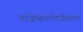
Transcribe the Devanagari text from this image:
राजेश्वरानंदजीयांना